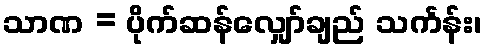
သာဏ = ပိုက်ဆန်လျှော်ချည် သင်္ကန်း၊